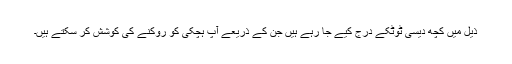
ذیل میں کچھ دیسی ٹوٹکے درج کیے جا رہے ہیں جن کے ذریعے آپ ہچکی کو روکنے کی کوشش کر سکتے ہیں۔